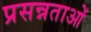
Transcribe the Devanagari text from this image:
प्रसन्नताओं